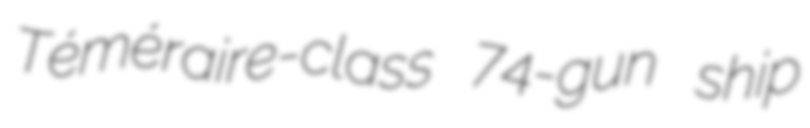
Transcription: Téméraire-class 74-gun ship